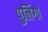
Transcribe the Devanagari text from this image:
पुलिंगों